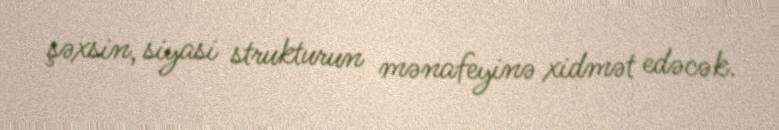
şəxsin, siyasi strukturun mənafeyinə xidmət edəcək.